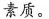
素质。